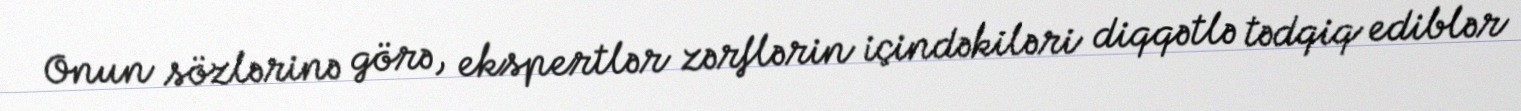
Onun sözlərinə görə, ekspertlər zərflərin içindəkiləri diqqətlə tədqiq ediblər